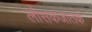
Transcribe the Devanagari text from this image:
लोसकजातक